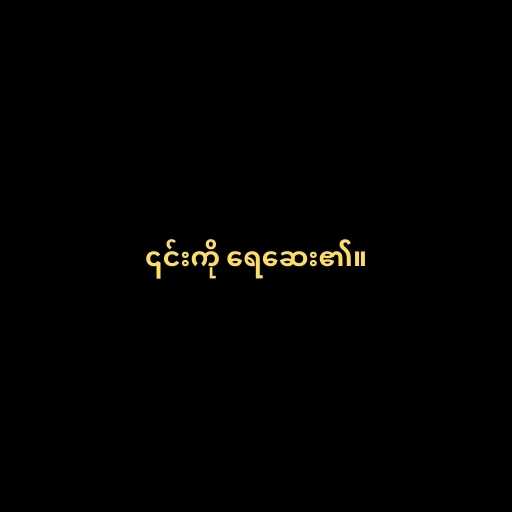
၎င်းကို ရေဆေး၏။